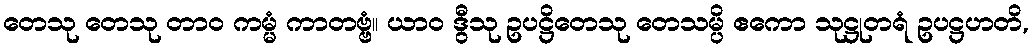
တေသု တေသု တာဝ ကမ္မံ ကာတဗ္ဗံ။ ယာဝ ဒွီသု ဥပဋ္ဌိတေသု တေသမ္ပိ ဧကော သုဋ္ဌုတရံ ဥပဋ္ဌဟတိ,